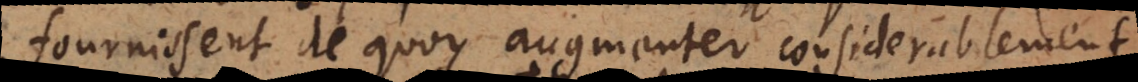
fournissent de quoy augmenter considerablement